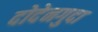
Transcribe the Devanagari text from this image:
दोदेनगुदा